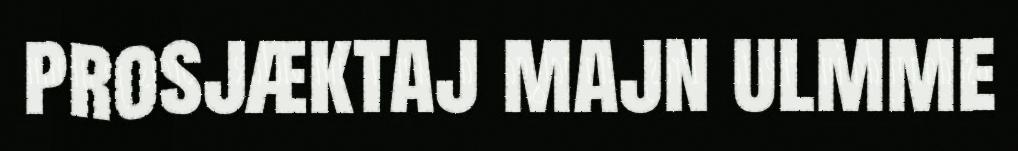
prosjæktaj majn ulmme